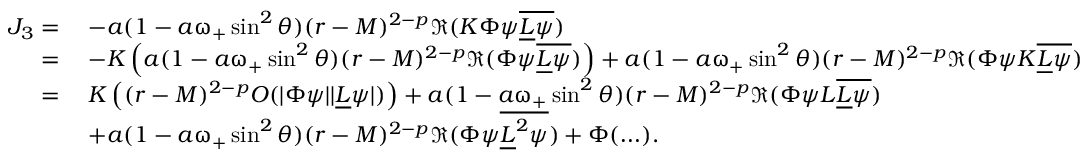
\begin{array} { r l } { J _ { 3 } = } & { \: - a ( 1 - a \upomega _ { + } \sin ^ { 2 } \theta ) ( r - M ) ^ { 2 - p } \Re ( K \Phi \psi \overline { { \underline { { L } } \psi } } ) } \\ { = } & { \: - K \left( a ( 1 - a \upomega _ { + } \sin ^ { 2 } \theta ) ( r - M ) ^ { 2 - p } \Re ( \Phi \psi \overline { { \underline { { L } } \psi } } ) \right) + a ( 1 - a \upomega _ { + } \sin ^ { 2 } \theta ) ( r - M ) ^ { 2 - p } \Re ( \Phi \psi K \overline { { \underline { { L } } \psi } } ) } \\ { = } & { \: K \left( ( r - M ) ^ { 2 - p } O ( | \Phi \psi | | \underline { { L } } \psi | ) \right) + a ( 1 - a \upomega _ { + } \sin ^ { 2 } \theta ) ( r - M ) ^ { 2 - p } \Re ( \Phi \psi L \overline { { \underline { { L } } \psi } } ) } \\ & { \: + a ( 1 - a \upomega _ { + } \sin ^ { 2 } \theta ) ( r - M ) ^ { 2 - p } \Re ( \Phi \psi \overline { { \underline { { L } } ^ { 2 } \psi } } ) + \Phi ( \ldots ) . } \end{array}